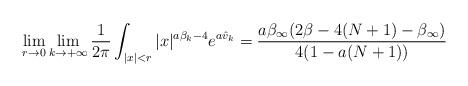
LaTeX: \begin{align*} \lim_{r\to0}\lim_{k\to+\infty}\frac{1}{2\pi}\int_{|x|<r} |x|^{a \beta_k -4} e^{a \hat{v}_k} = \frac{a \beta_\infty (2 \beta - 4(N+1) - \beta_\infty)}{4(1-a(N+1))}\end{align*}